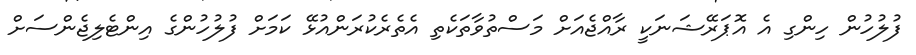
ފުލުހުން ހިންގި އެ އޮޕަރޭޝަނަކީ ރާއްޖެއަށް މަސްތުވާތަކެތި އެތެރެކުރަންއުޅޭ ކަމަށް ފުލުހުންގެ އިންޓެލިޖެންސަށް